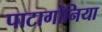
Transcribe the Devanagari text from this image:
पाटागोनिया